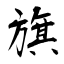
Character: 旗